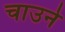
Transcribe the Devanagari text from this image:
चाउने